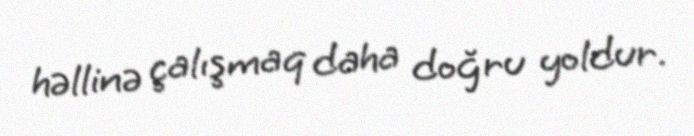
həllinə çalışmaq daha doğru yoldur.